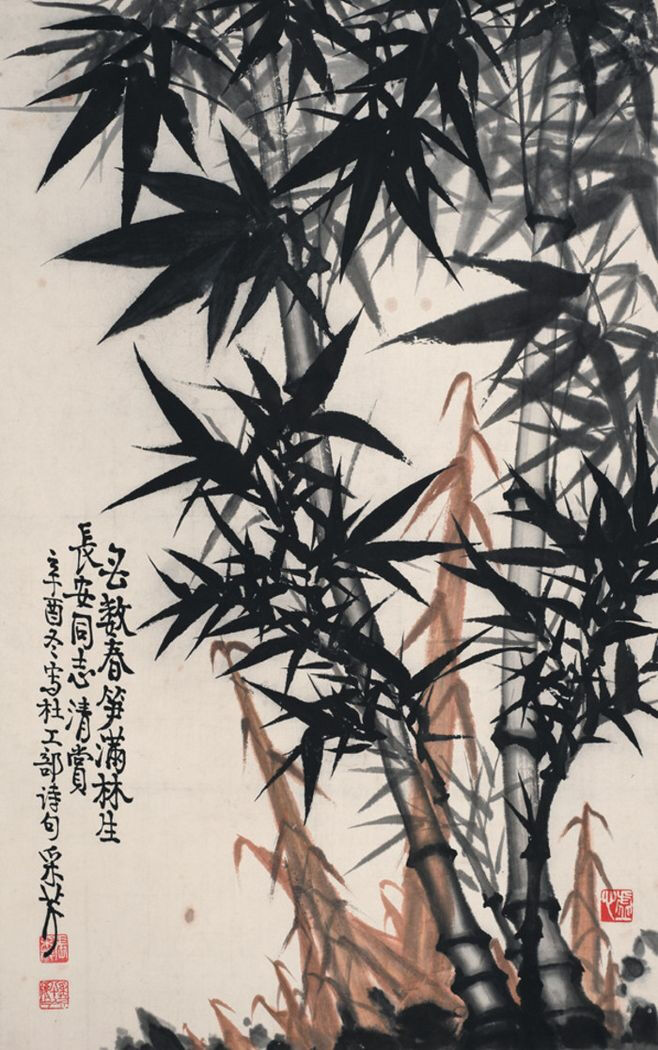
无数春笋满林生，柴门密掩断行人。